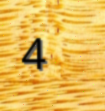
4